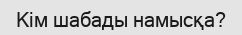
Кім шабады намысқа?